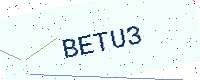
Text: BETU3